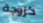
كزوجة